Leningradi_Edasi_toimetus, lk 140
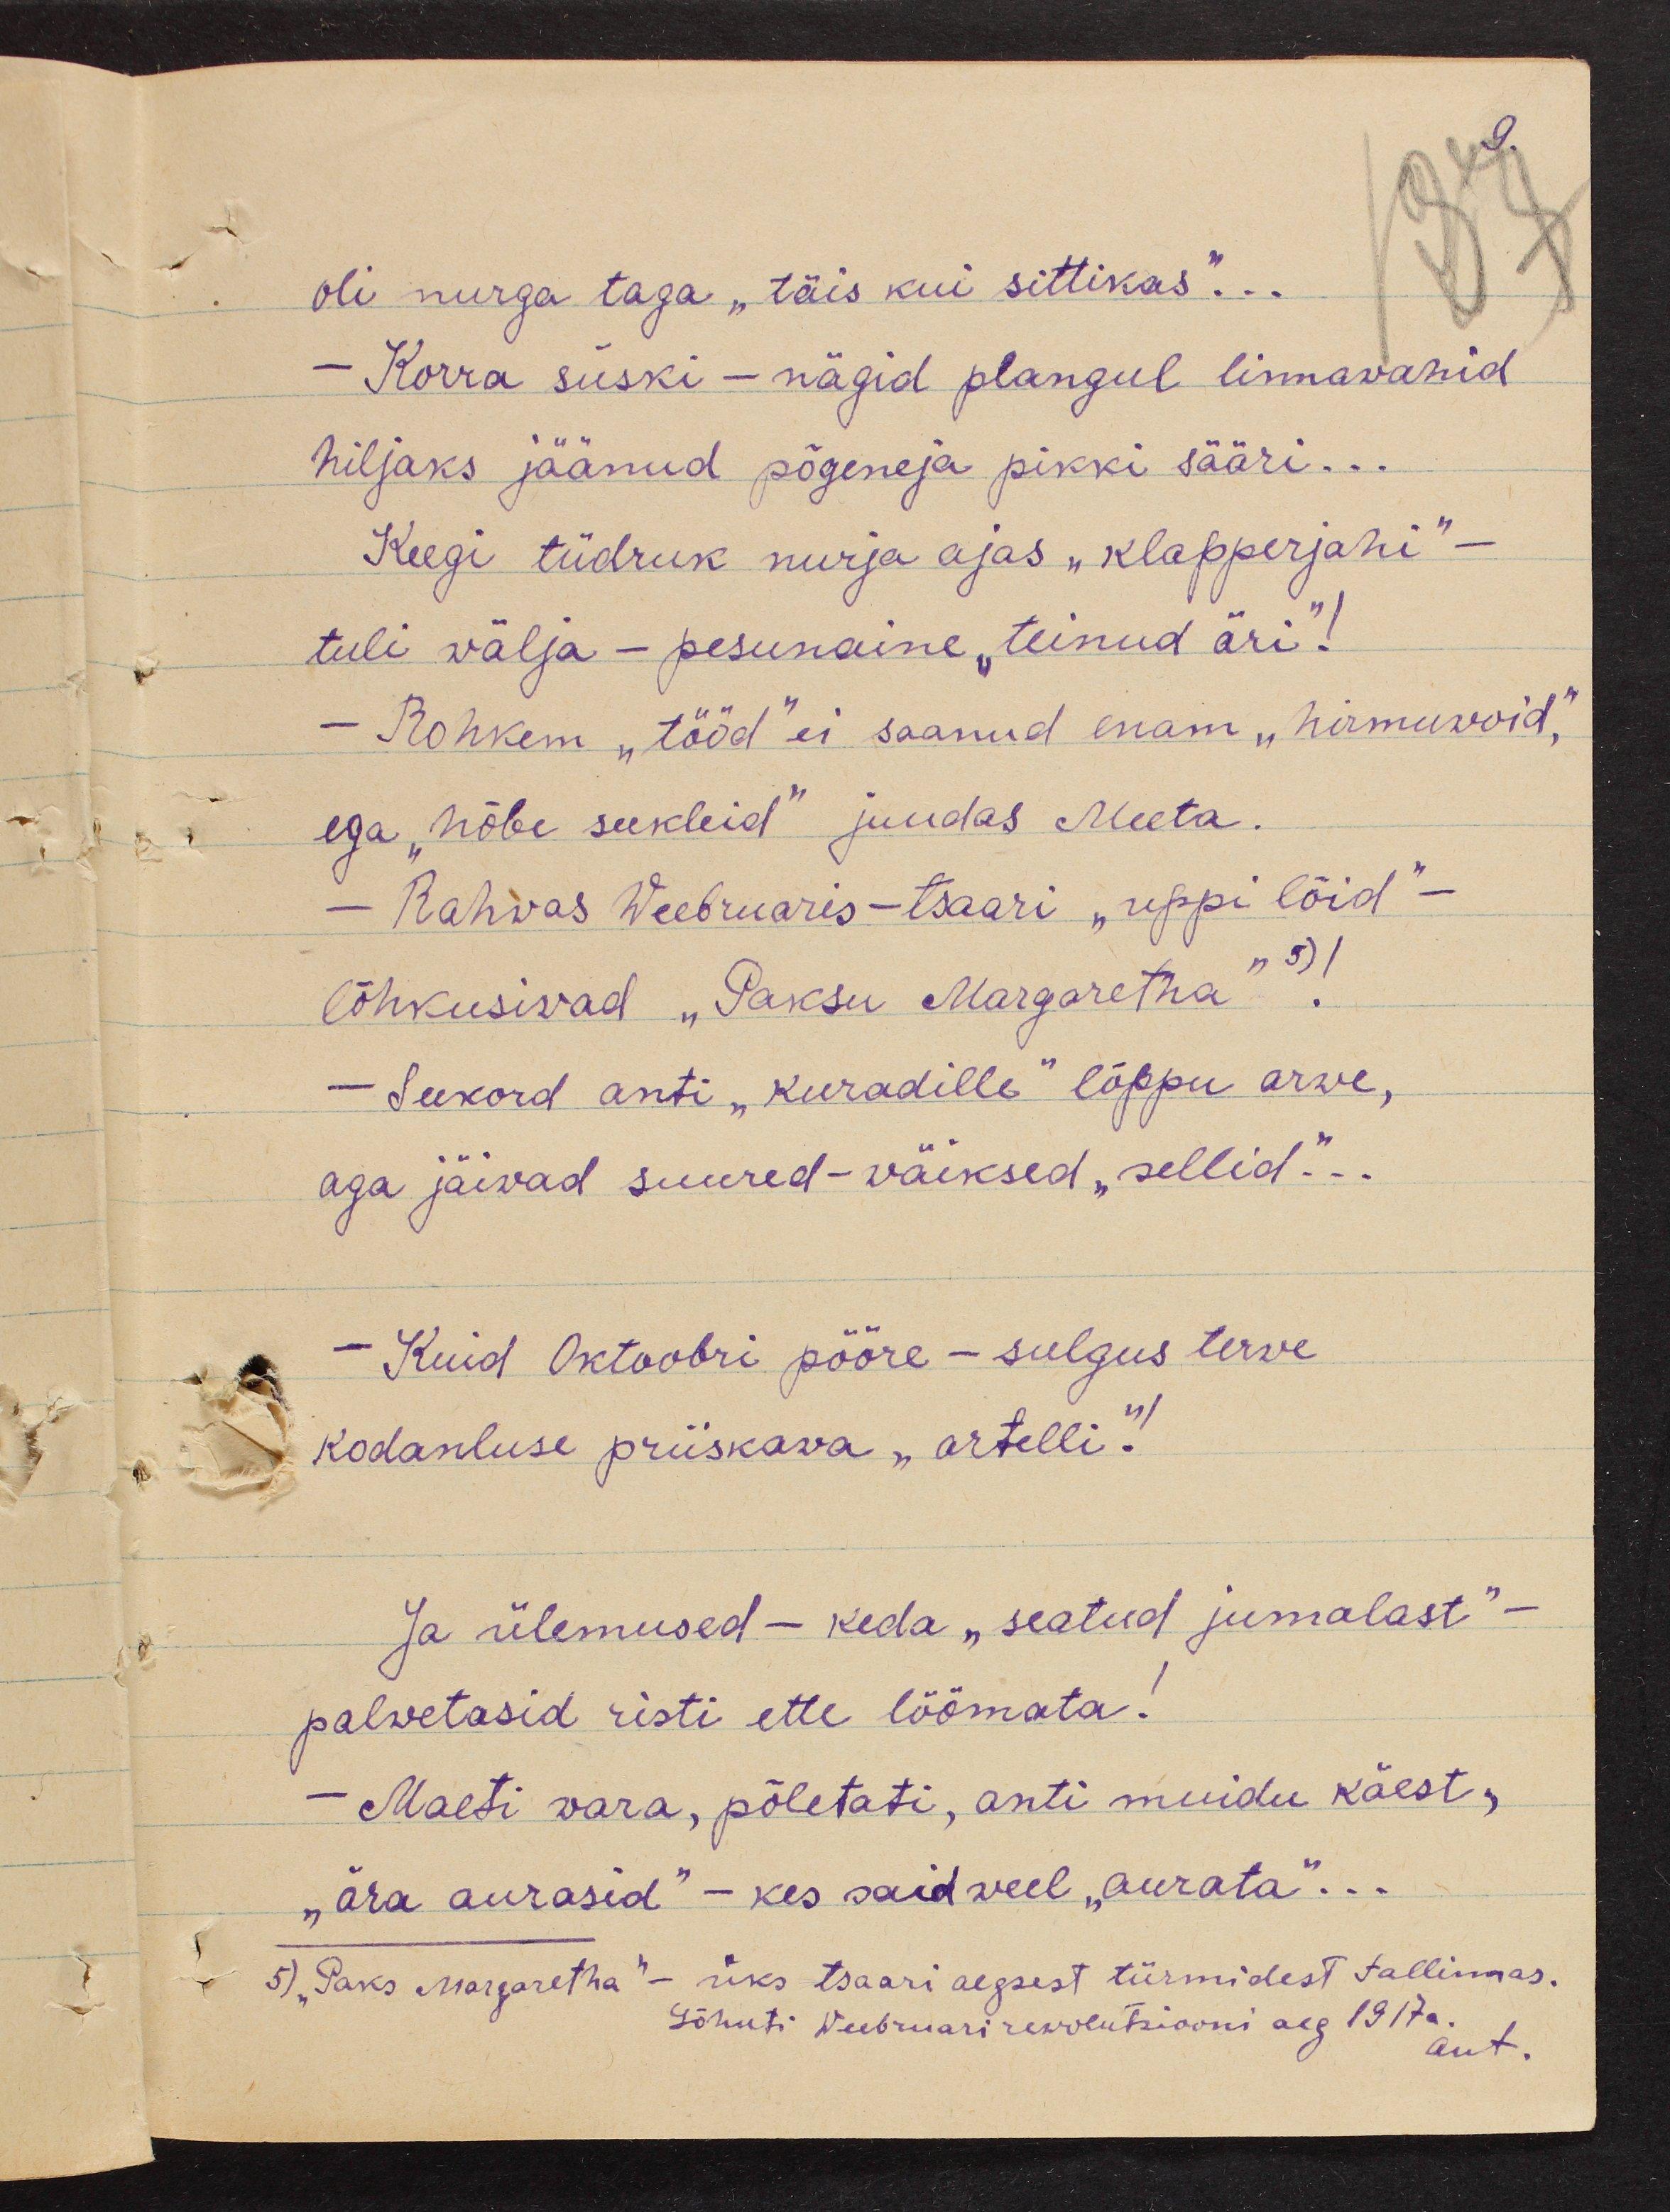
9.

oli nurga taga "täis kui sittikas"...
- Korra siiski - nägid plangul linnawahid
hiljaks jäänud põgeneja pikki sääri...
Keegi tüdruk nurja ajas "klapperjahi" -
tuli wälja - pesunaine "teinud äri!"
- Rohkem "tööd" ei saanud enam "himuwoid",
ega "hõbe seekleid" juudas Meeta.
- Rahvas Weebruaris-tsaari "uppi lõid" -
lõhkusivad "Paksu Margaretha" 5) !
- Seekord anti "kuradille" lõppu arwe,
aga jäivad suured-väiksed "sellid"...
- Kuid Oktoobri pööre - sulgus terve
kodanluse priiskava "artelli"!
Ja ülemused - keda "seatud jumalast"-
palvetasid risti ette löömata!
- Maeti vara, põletati, anti muidu käest,
„ära aurasid" - kes said weel "aurata"...
5) "Paks Margaretha" - üks tsaari aegsest türmidest Tallinnas.
Lõhuti veebruari rewolutsiooni aeg 1917 a.
aut.